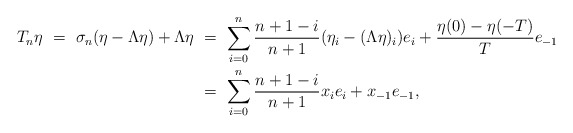
\begin{align*}T_n\eta \ = \ \sigma_n(\eta-\Lambda\eta) + \Lambda\eta \ &= \ \sum_{i=0}^n \frac{n+1-i}{n+1} (\eta_i-(\Lambda\eta)_i) e_i + \frac{\eta(0) - \eta(-T)}{T}e_{-1} \\&= \ \sum_{i=0}^n \frac{n+1-i}{n+1} x_ie_i + x_{-1}e_{-1},\end{align*}